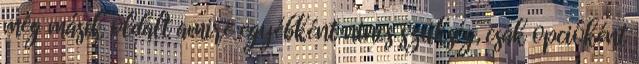
még másik oldalt amire egyébként nincs szükség, csak opcióként